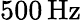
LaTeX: {500}\, \mathrm{Hz}